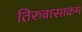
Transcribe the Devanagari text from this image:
तिरुवासाकम